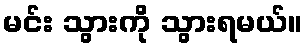
မင်း သွားကို သွားရမယ်။